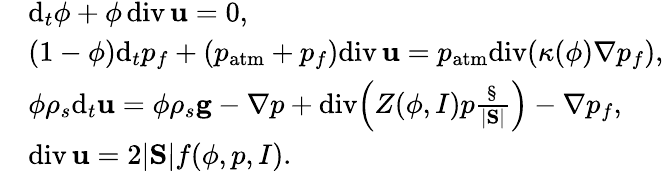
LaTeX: \begin{array}{rl}&{\mathrm d_{t}\phi+\phi\, \mathrm{div}\, {\mathbf u}=0,}\\ &{(1-\phi)\mathrm d_{t}p_{f}+(p_{\mathrm{atm}}+p_{f})\mathrm{div}\, {\mathbf u}=p_{\mathrm{atm}}\mathrm{div}(\kappa(\phi)\nabla p_{f}),}\\ &{\phi\rho_{s}\mathrm d_{t}{\mathbf u}=\phi\rho_{s}{\mathbf g}-\nabla p+\mathrm{div}\Big(Z(\phi,I)p\frac{\S}{|\mathrm{\mathbf S}|}\Big)-\nabla p_{f},}\\ &{\mathrm{div}\, {\mathbf u}=2|\mathrm{\mathbf S}|f(\phi,p,I).}\end{array}